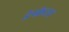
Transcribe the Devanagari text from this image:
डेप्फ्रेटस